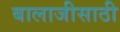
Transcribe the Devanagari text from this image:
बालाजीसाठी